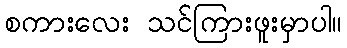
စကားလေး သင်ကြားဖူးမှာပါ။